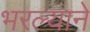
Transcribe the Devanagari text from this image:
भरल्याने